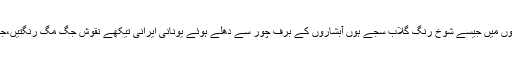
رنگ برنگ گھیردار موتیوں جڑے فراکوں میں جیسے شوخ رنگ گلاب سجے ہوں آبشاروں کے برف چور سے دُھلے ہوئے یونانی ایرانی تیکھے نقوش جگ مگ رنگتیں،جیسے عنابی آلوچوں پر سفید دُھند لپٹی ہو۔